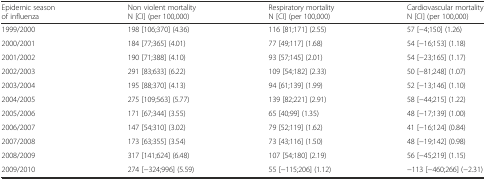
<table><thead><tr><td><b>Epidemic season of influenza</b></td><td><b>Non violent mortality N [CI] (per 100,000)</b></td><td><b>Respiratory mortality N [CI] (per 100,000)</b></td><td><b>Cardiovascular mortality N [CI] (per 100,000)</b></td></tr></thead><tbody><tr><td>1999/2000</td><td>198 [106;370] (4.36)</td><td>116 [81;171] (2.55)</td><td>57 [−4;150] (1.26)</td></tr><tr><td>2000/2001</td><td>184 [77;365] (4.01)</td><td>77 [49;117] (1.68)</td><td>54 [−16;153] (1.18)</td></tr><tr><td>2001/2002</td><td>190 [71;388] (4.10)</td><td>93 [57;145] (2.01)</td><td>54 [−23;165] (1.17)</td></tr><tr><td>2002/2003</td><td>291 [83;633] (6.22)</td><td>109 [54;182] (2.33)</td><td>50 [−81;248] (1.07)</td></tr><tr><td>2003/2004</td><td>195 [88;370] (4.13)</td><td>94 [61;139] (1.99)</td><td>52 [−13;146] (1.10)</td></tr><tr><td>2004/2005</td><td>275 [109;563] (5.77)</td><td>139 [82;221] (2.91)</td><td>58 [−44;215] (1.22)</td></tr><tr><td>2005/2006</td><td>171 [67;344] (3.55)</td><td>65 [40;99] (1.35)</td><td>48 [−17;139] (1.00)</td></tr><tr><td>2006/2007</td><td>147 [54;310] (3.02)</td><td>79 [52;119] (1.62)</td><td>41 [−16;124] (0.84)</td></tr><tr><td>2007/2008</td><td>173 [63;355] (3.54)</td><td>73 [43;116] (1.50)</td><td>48 [−19;142] (0.98)</td></tr><tr><td>2008/2009</td><td>317 [141;624] (6.48)</td><td>107 [54;180] (2.19)</td><td>56 [−45;219] (1.15)</td></tr><tr><td>2009/2010</td><td>274 [−324;996] (5.59)</td><td>55 [−115;206] (1.12)</td><td>−113 [−460;266] (−2.31)</td></tr></tbody></table>